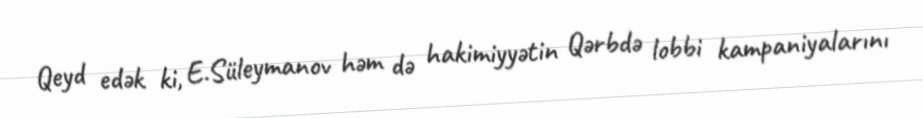
Qeyd edək ki, E.Süleymanov həm də hakimiyyətin Qərbdə lobbi kampaniyalarını